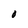
Character: 0